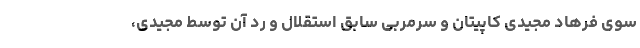
سوی فرهاد مجیدی کاپیتان و سرمربی سابق استقلال و رد آن توسط مجیدی،